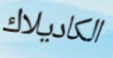
الكاديلاك